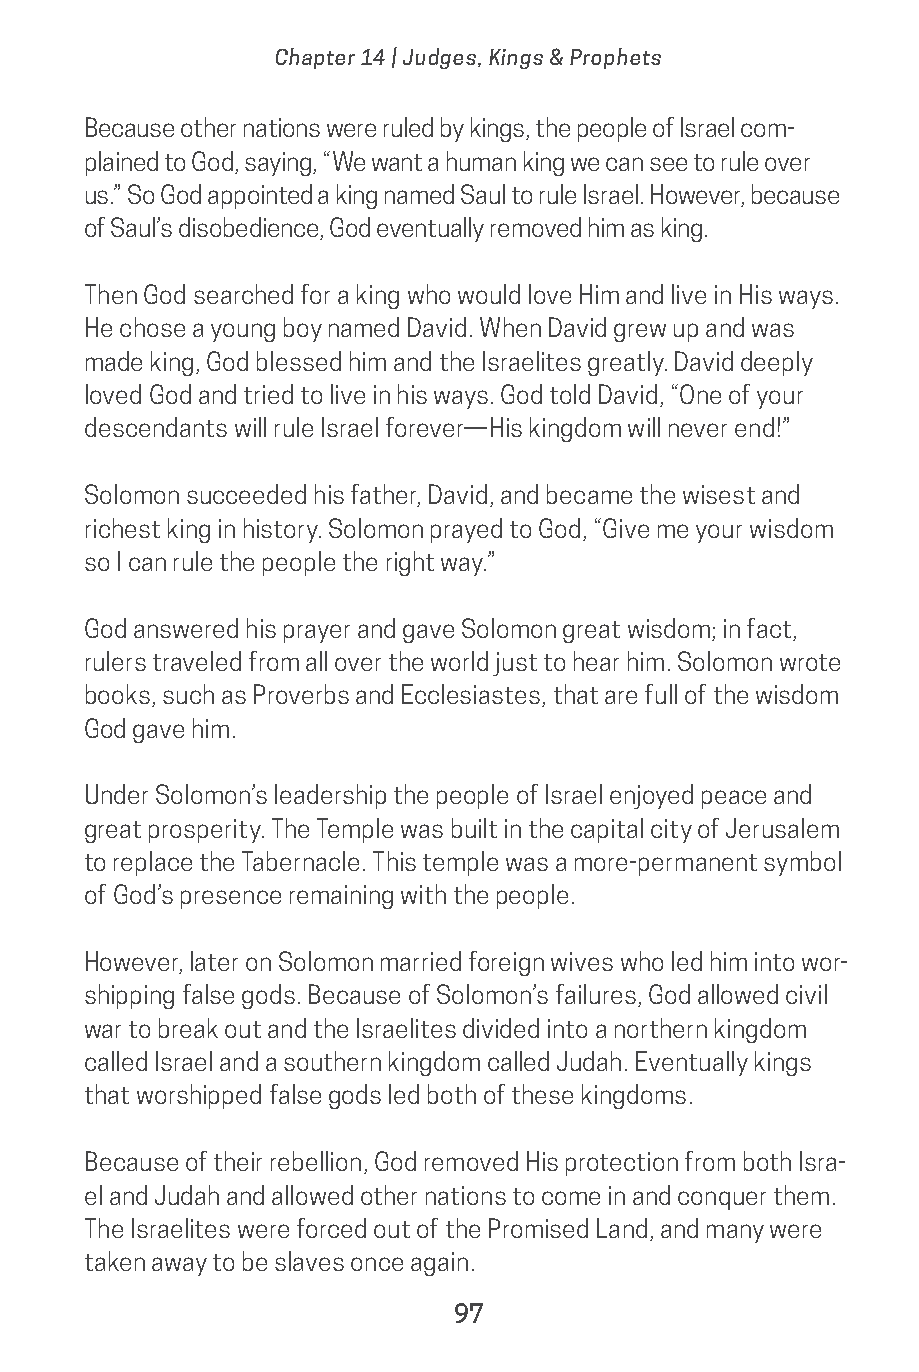
Chapter 14 | Judges, Kings & Prophets
 Because other nations were ruled by kings, the people of Israel com-
 plained to God, saying, “We want a human king we can see to rule over
 us.” So God appointed a king named Saul to rule Israel. However, because
 of Saul’s disobedience, God eventually removed him as king.
 Then God searched for a king who would love Him and live in His ways.
 He chose a young boy named David. When David grew up and was
 made king, God blessed him and the Israelites greatly. David deeply
 loved God and tried to live in his ways. God told David, “One of your
 descendants will rule Israel forever—His kingdom will never end!”
 Solomon succeeded his father, David, and became the wisest and
 richest king in history. Solomon prayed to God, “Give me your wisdom
 so I can rule the people the right way.”
 God answered his prayer and gave Solomon great wisdom; in fact,
 rulers traveled from all over the world just to hear him. Solomon wrote
 books, such as Proverbs and Ecclesiastes, that are full of the wisdom
 God gave him.
 Under Solomon’s leadership the people of Israel enjoyed peace and
 great prosperity. The Temple was built in the capital city of Jerusalem
 to replace the Tabernacle. This temple was a more-permanent symbol
 of God’s presence remaining with the people.
 However, later on Solomon married foreign wives who led him into wor-
 shipping false gods. Because of Solomon’s failures, God allowed civil
 war to break out and the Israelites divided into a northern kingdom
 called Israel and a southern kingdom called Judah. Eventually kings
 that worshipped false gods led both of these kingdoms.
 Because of their rebellion, God removed His protection from both Isra-
 el and Judah and allowed other nations to come in and conquer them.
 The Israelites were forced out of the Promised Land, and many were
 taken away to be slaves once again.
 97
 saturate-story_of_god_kids-2.indd 97              8/10/17 10:11 PM